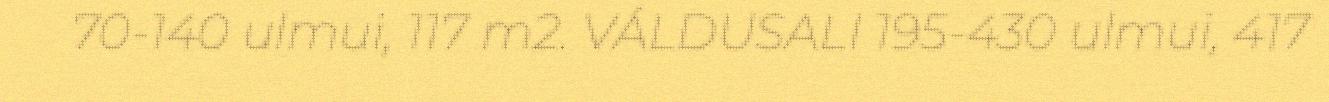
70-140 ulmui, 117 m2. VÁLDUSALI 195-430 ulmui, 417